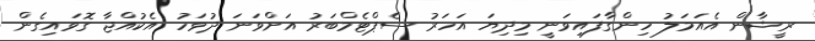
ރީޝާން އެއަމަލު ހިންގާފައިވަނީ މިދިޔަ އަހަރު ސެޕްޓެމްބަރު އަށްވަނަ ދުވަހު އެކުއްޖާ ގޮވައިގެން